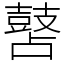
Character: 䵿